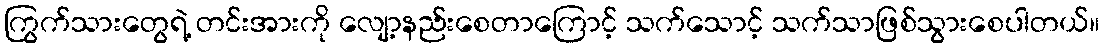
ကြွက်သားတွေရဲ့ တင်းအားကို လျော့နည်းစေတာကြောင့် သက်သောင့် သက်သာဖြစ်သွားစေပါတယ်။